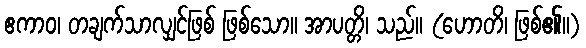
ဧကာဝ၊ တချက်သာလျှင်ဖြစ် ဖြစ်သော။ အာပတ္တိ၊ သည်။ (ဟောတိ၊ ဖြစ်၏။)